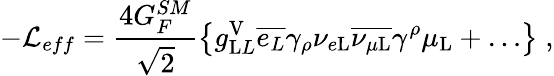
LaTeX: -{\cal{L}}_{eff}=\frac{4G_{F}^{SM}}{\sqrt{2}}\left\{ g_{\mathrm LL}^{\mathrm V}\overline{{{e_{L}}}}\gamma_{\rho}\nu_{e\mathrm L}\overline{{{\nu_{\mu\mathrm L}}}}\gamma^{\rho}\mu_{\mathrm L}+\ldots\right\} \; ,